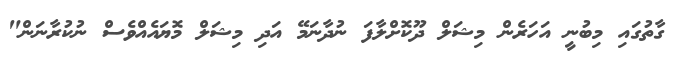
ގާތުގައި މިބުނީ އަހަރެން މިޝަލް ދޫކޮށްލާފަ ނުދާނަމޭ އަދި މިޝަލް މޮޔައެއްވެސް ނުކުރާނަން"